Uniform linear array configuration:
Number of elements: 48
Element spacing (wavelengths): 0.5
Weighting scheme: hamming
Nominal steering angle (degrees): -45
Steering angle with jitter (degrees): -43.063
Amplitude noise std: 0.05
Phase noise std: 0.05

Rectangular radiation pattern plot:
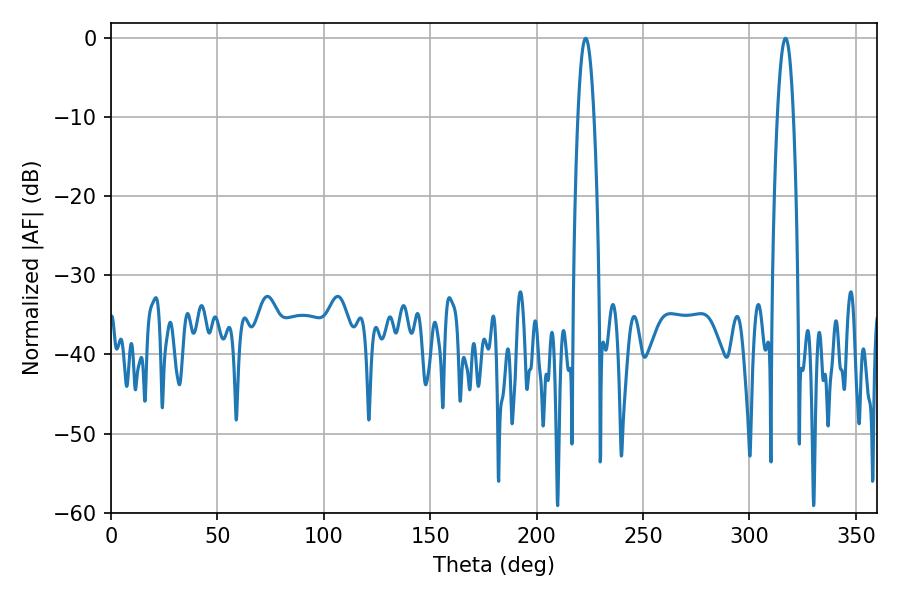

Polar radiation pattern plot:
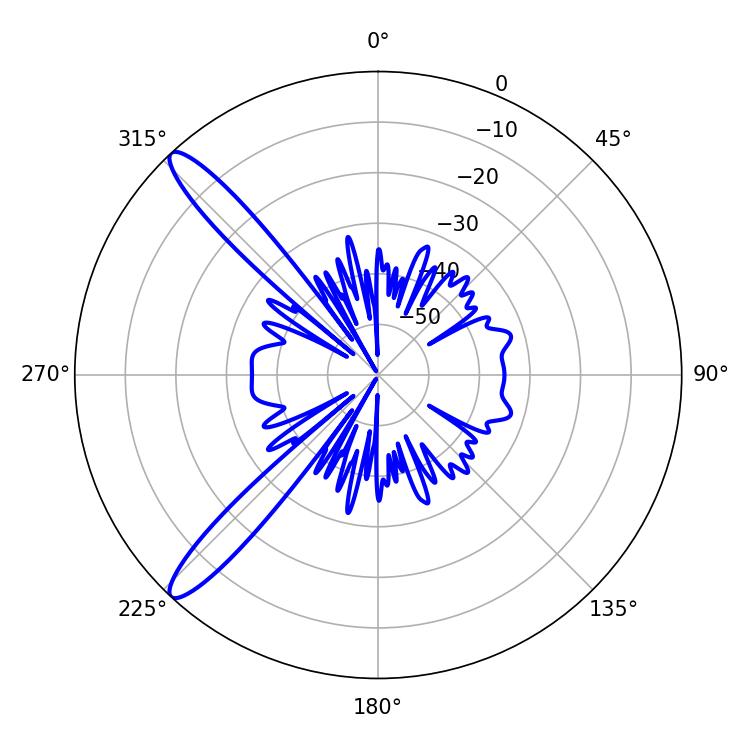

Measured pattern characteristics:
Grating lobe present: FALSE
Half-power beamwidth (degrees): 4.14
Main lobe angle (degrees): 223.02